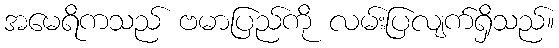
အမေရိကသည် ဗမာပြည်ကို လမ်းပြလျက်ရှိသည်။